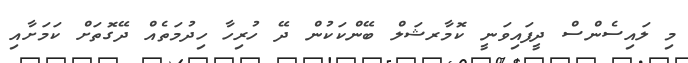
މި ލައިސެންސް ދީފައިވަނީ ކޮމާރޝަލް ބޭންކަކުން ދޭ ހުރިހާ ހިދުމަތެއް ދޭގޮތަށް ކަމަށާއި